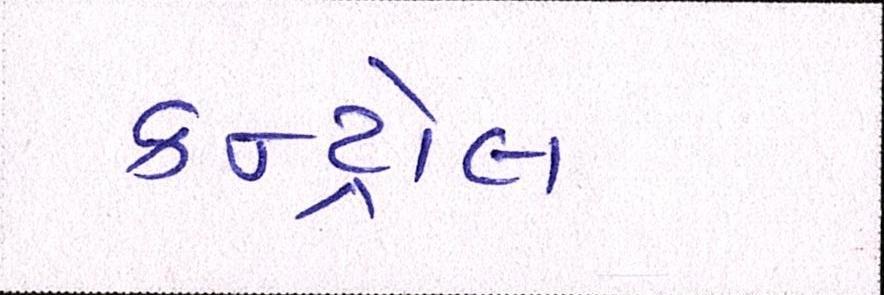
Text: કન્ટ્રોલ